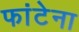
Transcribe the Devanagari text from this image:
फांटेना